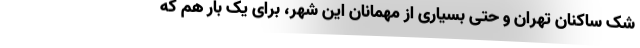
شک ساکنان تهران و حتی بسیاری از مهمانان این شهر، برای یک بار هم که